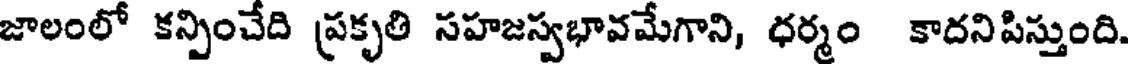
జాలంలో కన్పించేది ప్రకృతి సహజస్వభావమేగాని, ధర్మం కాదనిపిస్తుంది.